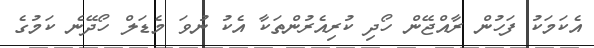
އެކަމަކު ފަހުން ރާއްޖޭން ހޯދި ކުރިއެރުންތަކާ އެކު ނުވަ މެޑަލް ހޯދޭނެ ކަމުގެ